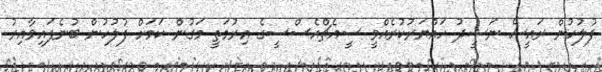
ފުލުހުން ރައީސް ނަޝީދު ހައްޔަރުކުރެއްވީ ސީއެޗްއެސްސީގެ އިރުމަތީ މަގުން ކަމަށް ފުލުހުން ބުނެފައިވާއިރު